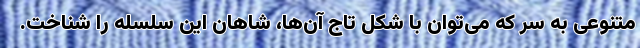
متنوعی به سر که می‌توان با شکل تاج آن‌ها، شاهان این سلسله را شناخت.